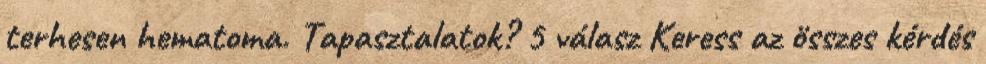
terhesen hematoma. Tapasztalatok? 5 válasz Keress az összes kérdés